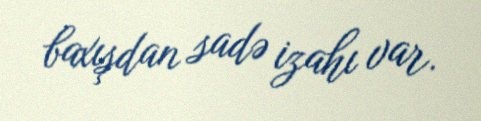
baxışdan sadə izahı var.